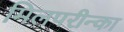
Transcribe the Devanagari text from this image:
मिलपरीन्का